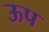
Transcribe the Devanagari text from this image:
ऊप